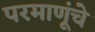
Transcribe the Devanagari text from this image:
परमाणूंचे